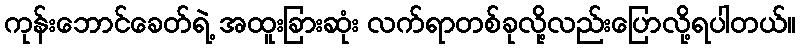
ကုန်းဘောင်ခေတ်ရဲ့ အထူးခြားဆုံး လက်ရာတစ်ခုလို့လည်းပြောလို့ရပါတယ်။